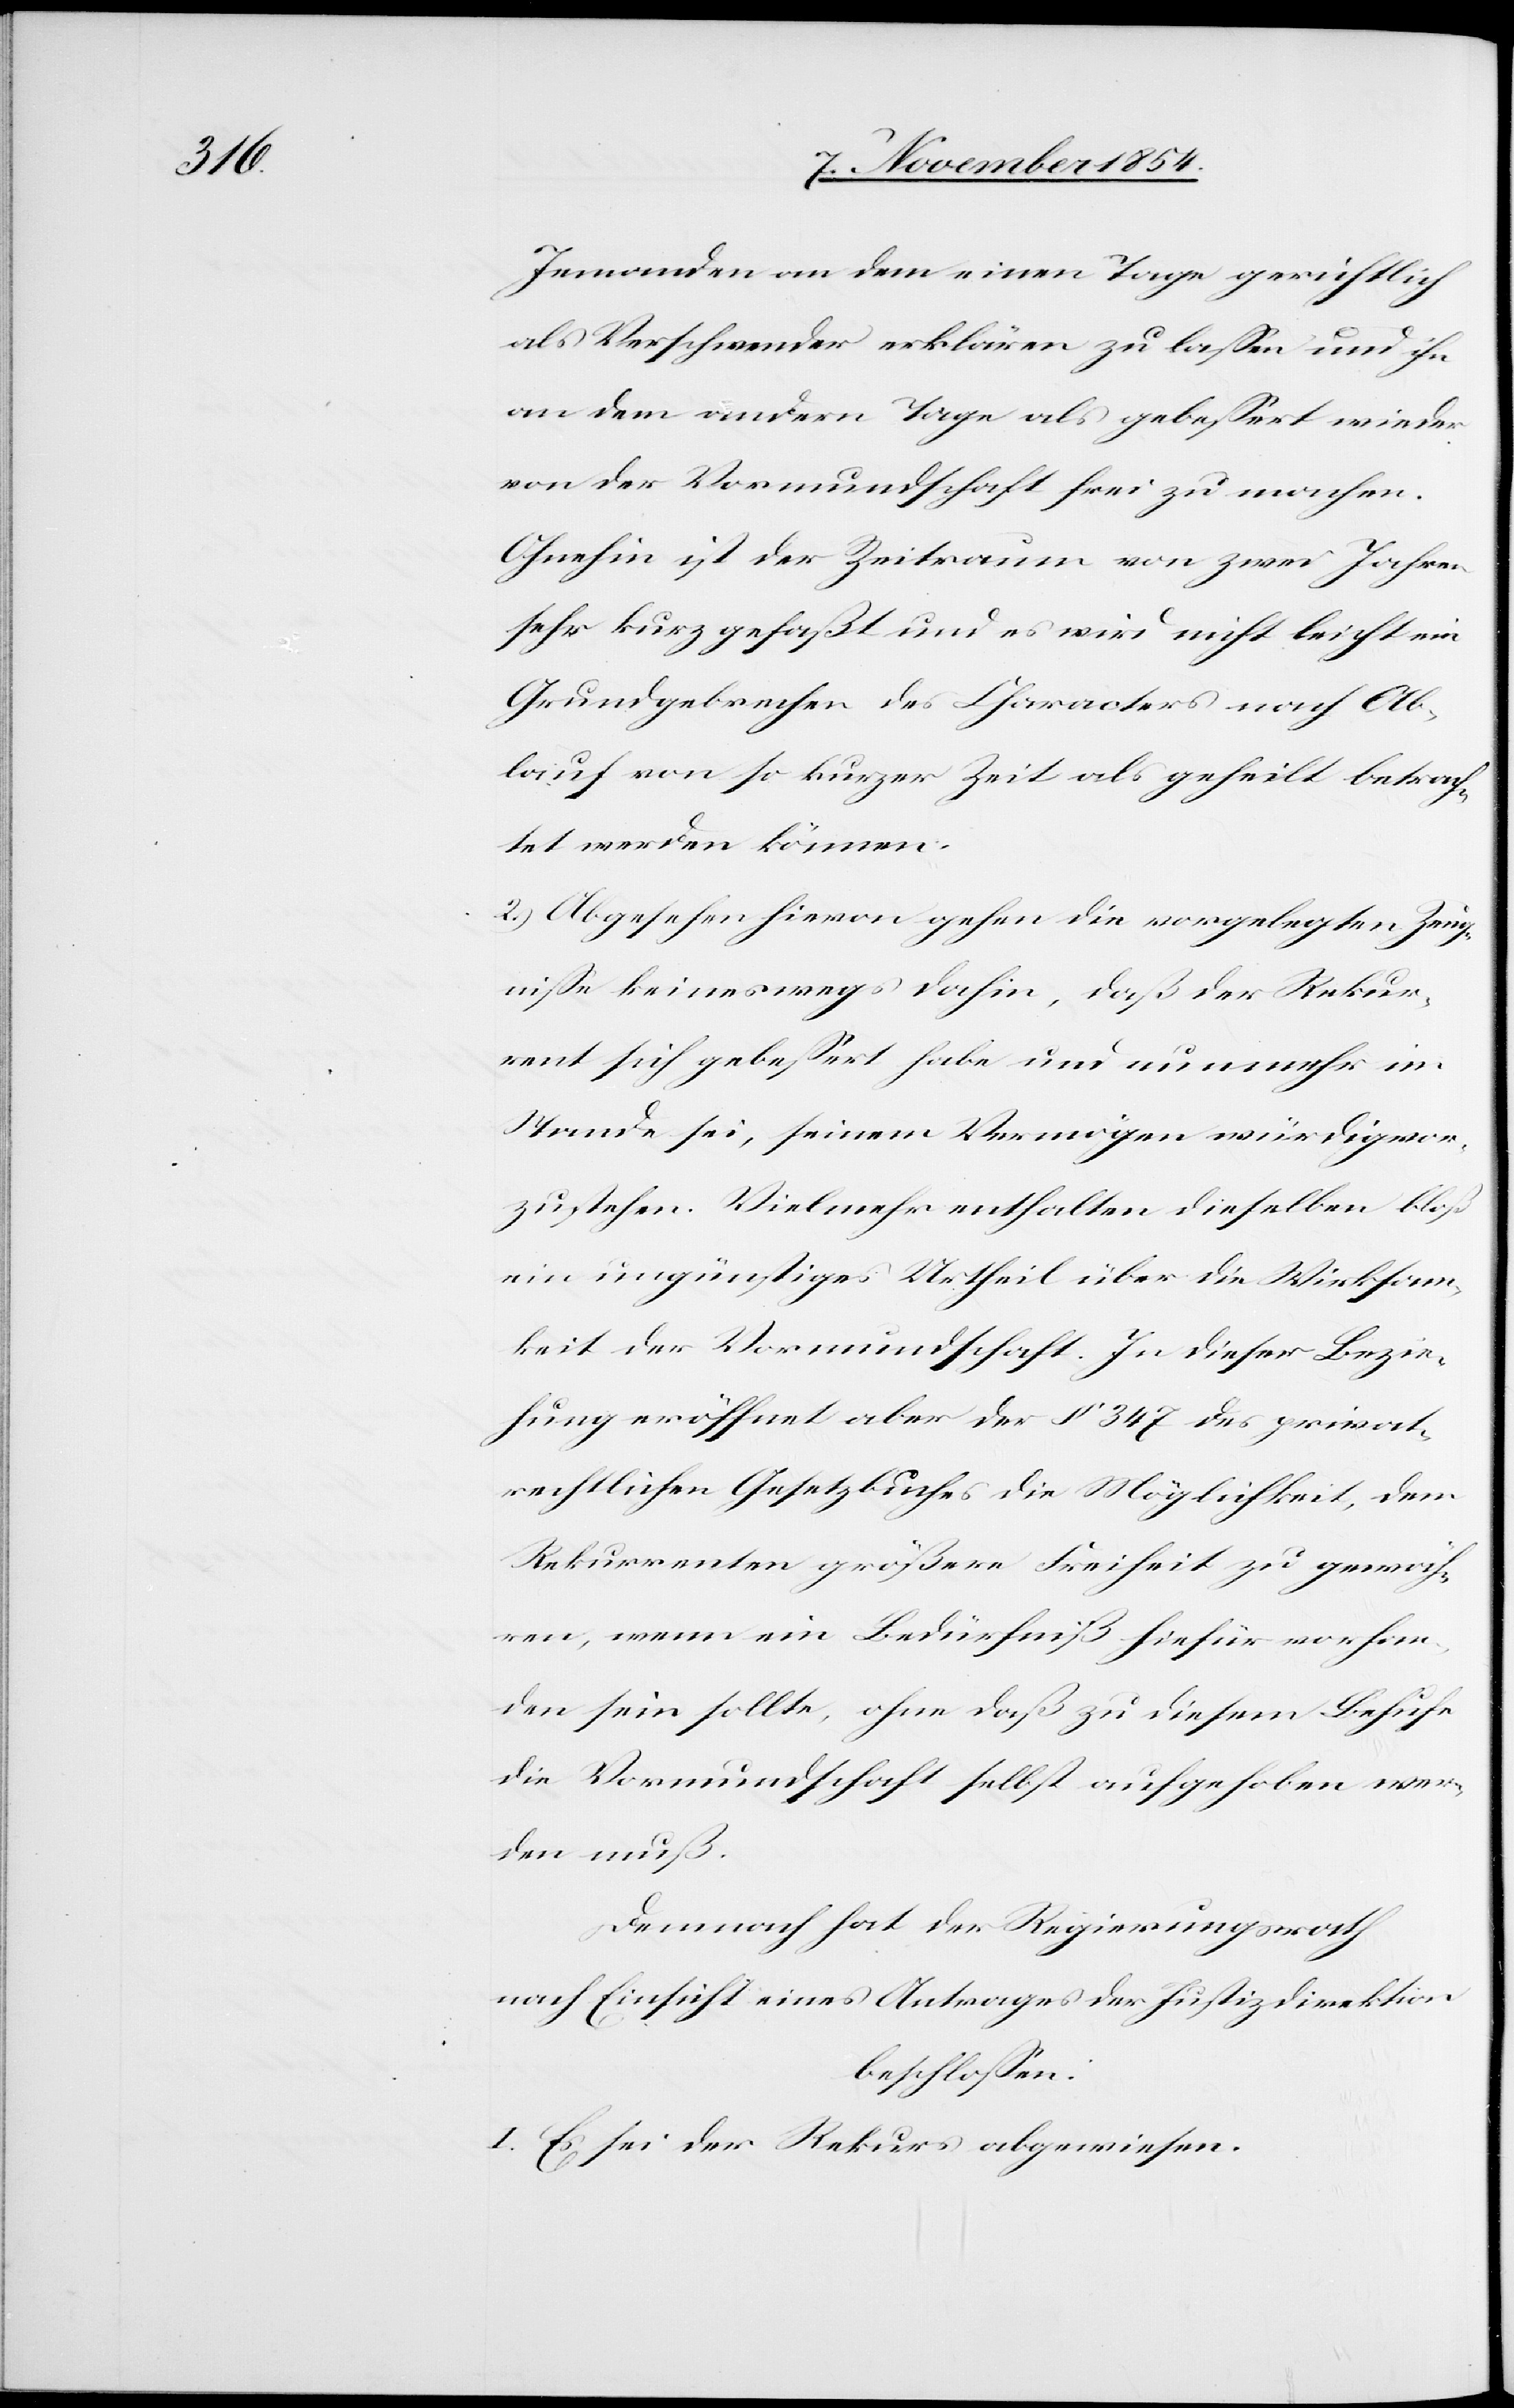
Jemanden an dem einen Tage gerichtlich
als Verschwender erklären zu laßen und ihn
an dem andern Tage als gebeßert wieder
von der Vormundschaft frei zu machen.
Ohnehin ist der Zeitraum von zwei Jahren
sehr kurz gefaßt und es wird nicht leicht ein
Grundgebrechen des Characters nach Ab¬
lauf von so kurzer Zeit als geheilt betrach¬
tet werden können.
2.) Abgesehen hievon gehen die vorgelegten Zeug¬
niße keineswegs dahin, daß der Rekur¬
rent sich gebeßert habe und nunmehr im
Stande sei, seinem Vermögen würdigvor¬
zustehen [sic!]. Vielmehr enthalten dieselben bloß
ein ungünstiges Urtheil über die Wirksam¬
keit der Vormundschaft. In dieser Bezie¬
hung eröffnet aber der § 347 des privat¬
rechtlichen Gesetzbuches die Möglichkeit, dem
Rekurrenten größere Freiheit zu gewäh¬
ren, wenn ein Bedürfniß hiefür vorhan¬
den sein sollte, ohne daß zu diesem Behufe
die Vormundschaft selbst aufgehoben wer¬
den muß.
Demnach hat der Regierungsrath
nach Einsicht eines Antrages der Justizdirektion
beschloßen:
I. Es sei der Rekurs abgewiesen.